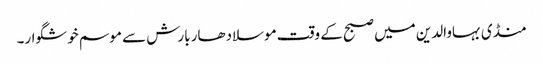
منڈی بہاوالدین میں صبح کے وقت موسلادھار بارش سے موسم خوشگوار۔